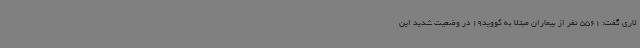
لاری گفت: 5561 نفر از بیماران مبتلا به کووید19 در وضعیت شدید این